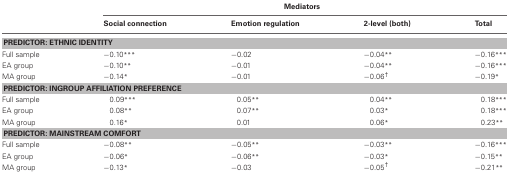
<table><thead><tr><td></td><td colspan="4"><b>Mediators</b></td></tr><tr><td></td><td><b>Social connection</b></td><td><b>Emotion regulation</b></td><td><b>2-level (both)</b></td><td><b>Total</b></td></tr></thead><tbody><tr><td colspan="5"><b>PREDICTOR: ETHNIC IDENTITY</b></td></tr><tr><td>Full sample</td><td>−0.10<sup>***</sup></td><td>−0.02</td><td>−0.04<sup>**</sup></td><td>−0.16<sup>***</sup></td></tr><tr><td>EA group</td><td>−0.10<sup>**</sup></td><td>−0.01</td><td>−0.04<sup>**</sup></td><td>−0.16<sup>***</sup></td></tr><tr><td>MA group</td><td>−0.14<sup>*</sup></td><td>−0.01</td><td>−0.06<sup>†</sup></td><td>−0.19<sup>*</sup></td></tr><tr><td colspan="5"><b>PREDICTOR: INGROUP AFFILIATION PREFERENCE</b></td></tr><tr><td>Full sample</td><td>0.09<sup>***</sup></td><td>0.05<sup>**</sup></td><td>0.04<sup>**</sup></td><td>0.18<sup>***</sup></td></tr><tr><td>EA group</td><td>0.08<sup>**</sup></td><td>0.07<sup>**</sup></td><td>0.03<sup>*</sup></td><td>0.18<sup>***</sup></td></tr><tr><td>MA group</td><td>0.16<sup>*</sup></td><td>0.01</td><td>0.06<sup>*</sup></td><td>0.23<sup>**</sup></td></tr><tr><td colspan="5"><b>PREDICTOR: MAINSTREAM COMFORT</b></td></tr><tr><td>Full sample</td><td>−0.08<sup>**</sup></td><td>−0.05<sup>**</sup></td><td>−0.03<sup>**</sup></td><td>−0.16<sup>***</sup></td></tr><tr><td>EA group</td><td>−0.06<sup>*</sup></td><td>−0.06<sup>**</sup></td><td>−0.03<sup>*</sup></td><td>−0.15<sup>**</sup></td></tr><tr><td>MA group</td><td>−0.13<sup>*</sup></td><td>−0.03</td><td>−0.05<sup>†</sup></td><td>−0.21<sup>**</sup></td></tr></tbody></table>